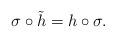
LaTeX: \begin{align*}\sigma \circ \tilde {h} = h \circ \sigma.\end{align*}